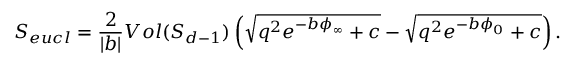
S _ { e u c l } = { \frac { 2 } { | b | } } V o l ( S _ { d - 1 } ) \left( \sqrt { q ^ { 2 } e ^ { - b \phi _ { \infty } } + c } - \sqrt { q ^ { 2 } e ^ { - b \phi _ { 0 } } + c } \right) .